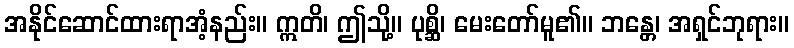
အနိုင်ဆောင်ထားရာအံ့နည်း။ ဣတိ၊ ဤသို့။ ပုစ္ဆိ၊ မေးတော်မူ၏။ ဘန္တေ၊ အရှင်ဘုရား။